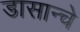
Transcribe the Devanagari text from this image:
डासान्चे